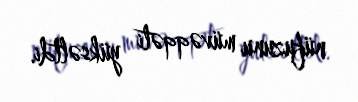
nüfuzunu müvəqqəti yüksəltdi.